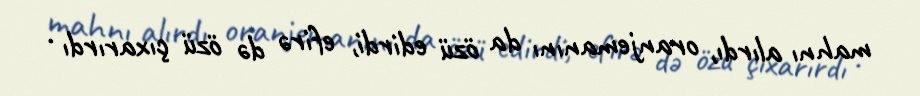
mahnı alırdı, oranjemanını da özü edirdi, efirə də özü çıxarırdı .